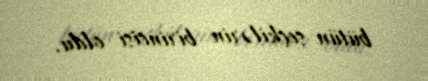
bütün seçkilərin birincisi oldu.